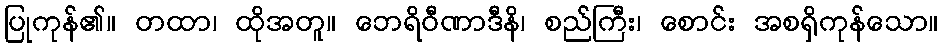
ပြုကုန်၏။ တထာ၊ ထိုအတူ။ ဘေရိဝီဏာဒီနိ၊ စည်ကြီး၊ စောင်း အစရှိကုန်သော။